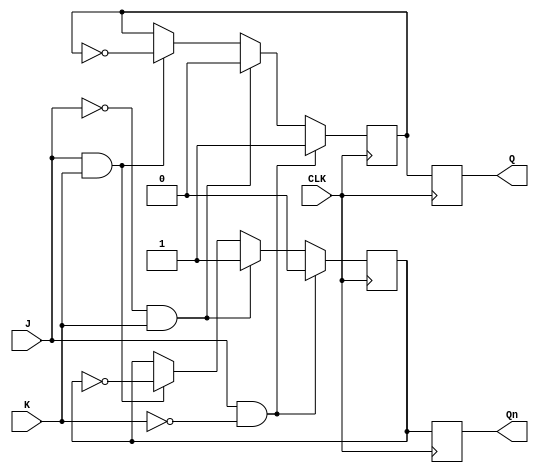
module JK_FF(
  input J, K, CLK,
  output reg Q, Qn
);

  reg mQ, mQn; // master stage

  // master stage
  always @(posedge CLK) begin
    if (J & ~K) begin
      mQ <= 1;
      mQn <= 0;
    end else if (~J & K) begin
      mQ <= 0;
      mQn <= 1;
    end else if (J & K) begin
      mQ <= ~mQ;
      mQn <= ~mQn;
    end
  end

  // slave stage
  always @(posedge CLK) begin
    Q <= mQ;
    Qn <= mQn;
  end

endmodule